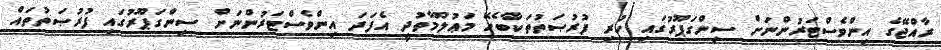
ރާއްޖޭގެ އިންވެސްޓަރުންނަށް ސިންގަޕޫރުގައި ހުރި ފުރުޞަތުތަކާބެހޭ މަޢުލޫމާތުދީ އެފަދަ އިންވެސްޓަރުންނަށް ސިންގަޕޫރުގައި ފުރުޞަތުތައް